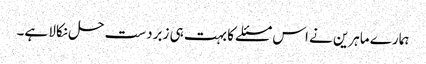
ہمارے ماہرین نے اس مسئلے کا بہت ہی زبردست حل نکالا ہے۔